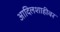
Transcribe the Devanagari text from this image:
आदिलशाहीवर